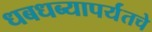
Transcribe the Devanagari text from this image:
धबधब्यापर्यंतचे